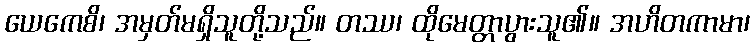
ယေကေစိ၊ အမှတ်မရှိသူတို့သည်။ တဿ၊ ထိုမေတ္တာပွားသူ၏။ အဟိတကာမာ၊